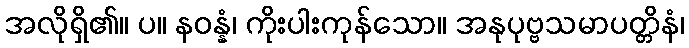
အလိုရှိ၏။ ပ။ နဝန္နံ၊ ကိုးပါးကုန်သော။ အနုပုဗ္ဗသမာပတ္တိနံ၊